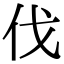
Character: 伐